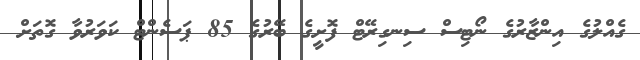
ގެއްލުގެ އިންޒާރުގެ ނޯޓިސް ސިނގިރޭޓް ފޮށީގެ ބޭރުގެ 85 ޕަސެންޓް ކަވަރުވާ ގޮތަށް